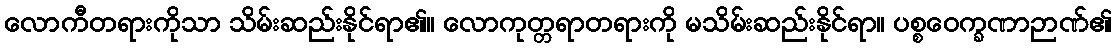
လောကီတရားကိုသာ သိမ်းဆည်းနိုင်ရာ၏။ လောကုတ္တရာတရားကို မသိမ်းဆည်းနိုင်ရာ။ ပစ္စဝေက္ခဏာဉာဏ်၏